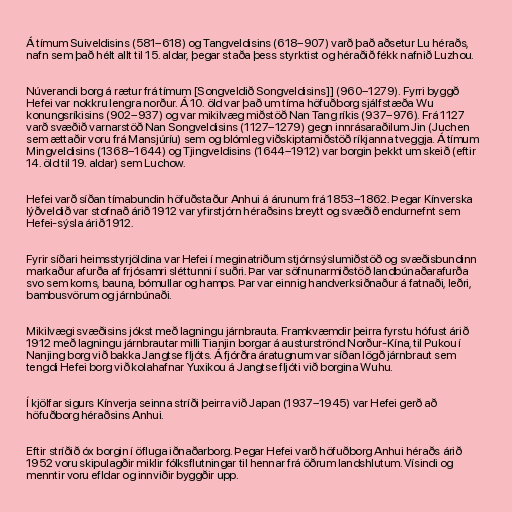
Á tímum Suiveldisins (581–618) og Tangveldisins (618–907) varð það aðsetur Lu héraðs,
nafn sem það hélt allt til 15. aldar, þegar staða þess styrktist og héraðið fékk nafnið Luzhou.

Núverandi borg á rætur frá tímum [Songveldið Songveldisins]] (960–1279). Fyrri byggð
Hefei var nokkru lengra norður. Á 10. öld var það um tíma höfuðborg sjálfstæða Wu
konungsríkisins (902–937) og var mikilvæg miðstöð Nan Tang ríkis (937–976). Frá 1127
varð svæðið varnarstöð Nan Songveldisins (1127–1279) gegn innrásaraðilum Jin (Juchen
sem ættaðir voru frá Mansjúríu) sem og blómleg viðskiptamiðstöð ríkjanna tveggja. Á tímum
Mingveldisins (1368–1644) og Tjingveldisins (1644–1912) var borgin þekkt um skeið (eftir
14. öld til 19. aldar) sem Luchow.

Hefei varð síðan tímabundin höfuðstaður Anhui á árunum frá 1853–1862. Þegar Kínverska
lýðveldið var stofnað árið 1912 var yfirstjórn héraðsins breytt og svæðið endurnefnt sem
Hefei-sýsla árið 1912.

Fyrir síðari heimsstyrjöldina var Hefei í meginatriðum stjórnsýslumiðstöð og svæðisbundinn
markaður afurða af frjósamri sléttunni í suðri. Þar var söfnunarmiðstöð landbúnaðarafurða
svo sem korns, bauna, bómullar og hamps. Þar var einnig handverksiðnaður á fatnaði, leðri,
bambusvörum og járnbúnaði.

Mikilvægi svæðisins jókst með lagningu járnbrauta. Framkvæmdir þeirra fyrstu hófust árið
1912 með lagningu járnbrautar milli Tianjin borgar á austurströnd Norður-Kína, til Pukou í
Nanjing borg við bakka Jangtse fljóts. Á fjórðra áratugnum var síðan lögð járnbraut sem
tengdi Hefei borg við kolahafnar Yuxikou á Jangtse fljóti við borgina Wuhu.

Í kjölfar sigurs Kínverja seinna stríði þeirra við Japan (1937–1945) var Hefei gerð að
höfuðborg héraðsins Anhui.

Eftir stríðið óx borgin í öfluga iðnaðarborg. Þegar Hefei varð höfuðborg Anhui héraðs árið
1952 voru skipulagðir miklir fólksflutningar til hennar frá öðrum landshlutum. Vísindi og
menntir voru efldar og innviðir byggðir upp.